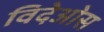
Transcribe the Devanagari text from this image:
विदेओस